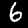
Label: 6